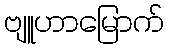
ဗျူဟာမြောက်